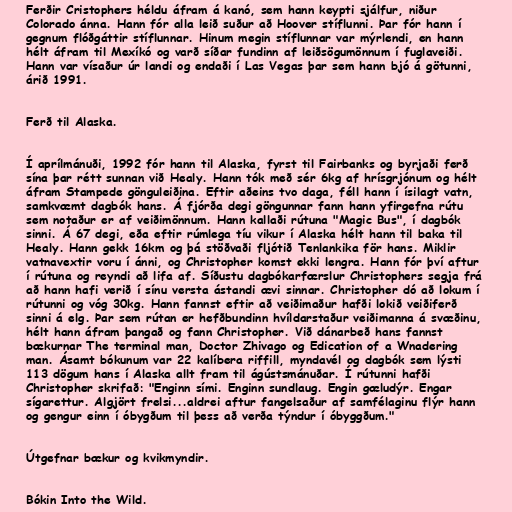
Ferðir Cristophers héldu áfram á kanó, sem hann keypti sjálfur, niður
Colorado ánna. Hann fór alla leið suður að Hoover stíflunni. Þar fór hann í
gegnum flóðgáttir stíflunnar. Hinum megin stíflunnar var mýrlendi, en hann
hélt áfram til Mexíkó og varð síðar fundinn af leiðsögumönnum í fuglaveiði.
Hann var vísaður úr landi og endaði í Las Vegas þar sem hann bjó á götunni,
árið 1991.

Ferð til Alaska.

Í aprílmánuði, 1992 fór hann til Alaska, fyrst til Fairbanks og byrjaði ferð
sína þar rétt sunnan við Healy. Hann tók með sér 6kg af hrísgrjónum og hélt
áfram Stampede gönguleiðina. Eftir aðeins tvo daga, féll hann í ísilagt vatn,
samkvæmt dagbók hans. Á fjórða degi göngunnar fann hann yfirgefna rútu
sem notaður er af veiðimönnum. Hann kallaði rútuna "Magic Bus", í dagbók
sinni. Á 67 degi, eða eftir rúmlega tíu vikur í Alaska hélt hann til baka til
Healy. Hann gekk 16km og þá stöðvaði fljótið Tenlankika för hans. Miklir
vatnavextir voru í ánni, og Christopher komst ekki lengra. Hann fór því aftur
í rútuna og reyndi að lifa af. Síðustu dagbókarfærslur Christophers segja frá
að hann hafi verið í sínu versta ástandi ævi sinnar. Christopher dó að lokum í
rútunni og vóg 30kg. Hann fannst eftir að veiðimaður hafði lokið veiðiferð
sinni á elg. Þar sem rútan er hefðbundinn hvíldarstaður veiðimanna á svæðinu,
hélt hann áfram þangað og fann Christopher. Við dánarbeð hans fannst
bækurnar The terminal man, Doctor Zhivago og Edication of a Wnadering
man. Ásamt bókunum var 22 kalíbera riffill, myndavél og dagbók sem lýsti
113 dögum hans í Alaska allt fram til ágústsmánuðar. Í rútunni hafði
Christopher skrifað: "Enginn sími. Enginn sundlaug. Engin gæludýr. Engar
sígarettur. Algjört frelsi...aldrei aftur fangelsaður af samfélaginu flýr hann
og gengur einn í óbygðum til þess að verða týndur í óbyggðum."

Útgefnar bækur og kvikmyndir.

Bókin Into the Wild.